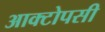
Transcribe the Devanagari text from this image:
आक्टोपसी